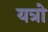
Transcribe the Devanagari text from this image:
यत्रो